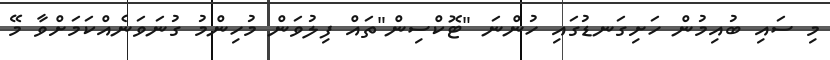
މި ސައި ބުއިމުން ހަށިގަނޑުގައި ހުންނަ "ޓޮކްސިން"ތައް ފިލުވަން މުހިންމު ގުނަވަނެއްކަމަށްވާ މޭ